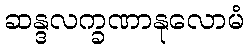
ဆန္ဒလက္ခဏာနုလောမံ